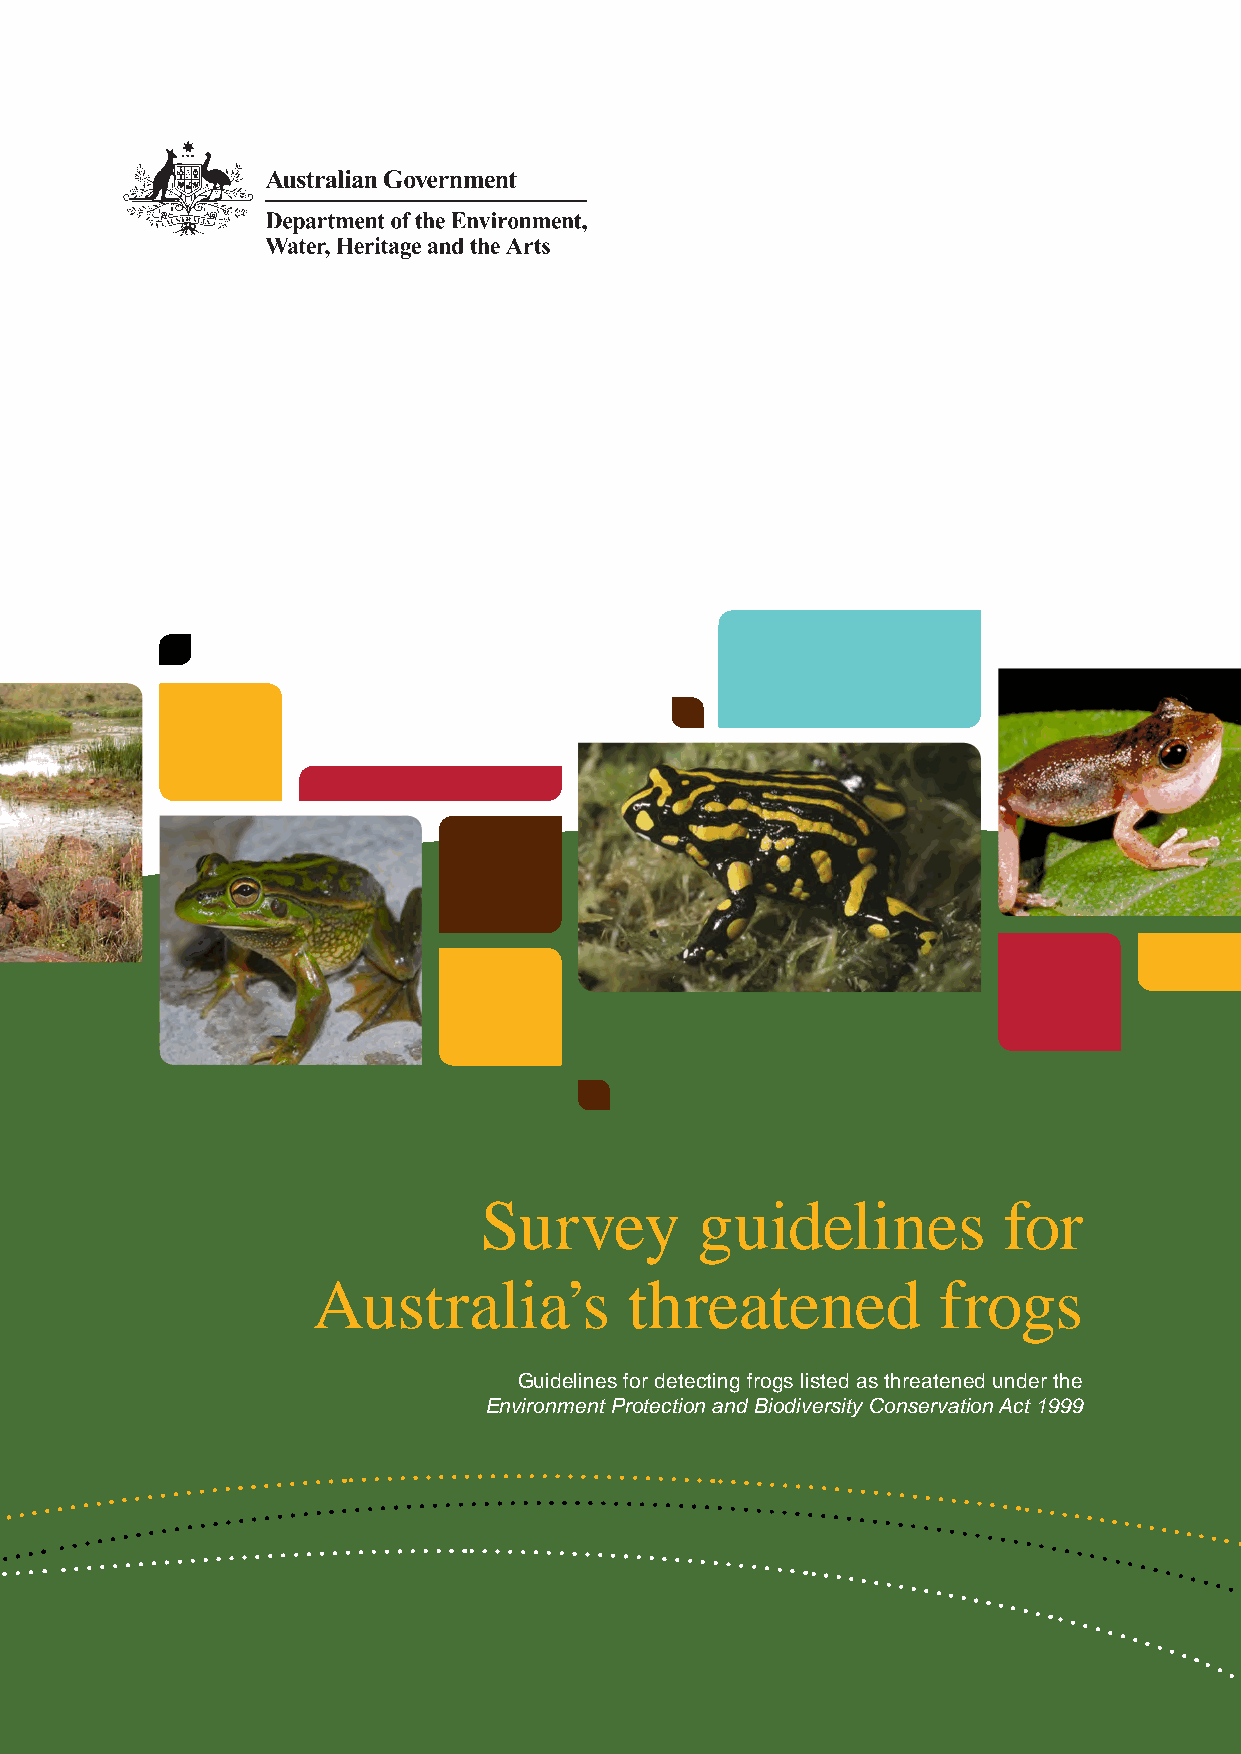
Survey        guidelines          for
 Australia’s          threatened          frogs
 Guidelines for detecting frogs listed as threatened under the
 Environment Protection and Biodiversity Conservation Act 1999